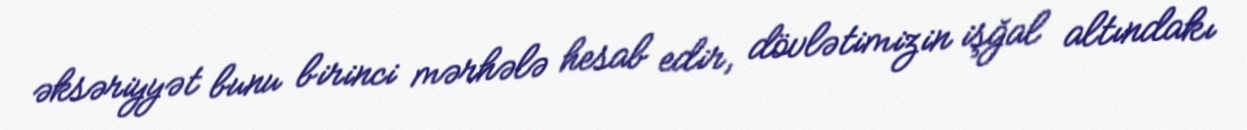
əksəriyyət bunu birinci mərhələ hesab edir, dövlətimizin işğal altındakı